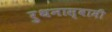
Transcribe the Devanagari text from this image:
रुथनास्वामी